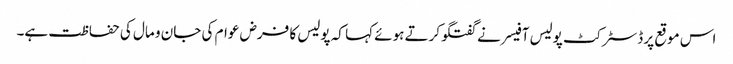
اس موقع پر ڈسٹرکٹ پولیس آفیسر نے گفتگوکرتے ہوئے کہا کہ پولیس کا فرض عوام کی جان و مال کی حفاظت ہے۔